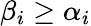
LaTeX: \beta_{i}\geq\alpha_{i}